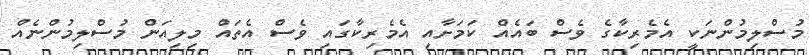
މުސްލިމުންނަކީ އެމެރިކާގެ ވެސް ބައެއް ކަމަށާއި އެމެރިކާގައި ވެސް އެތައް މިލިއަން މުސްލިމުންނެއް